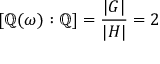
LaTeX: [ \mathbb { Q } ( \omega ) : \mathbb { Q } ] = { \frac { | G | } { | H | } } = 2